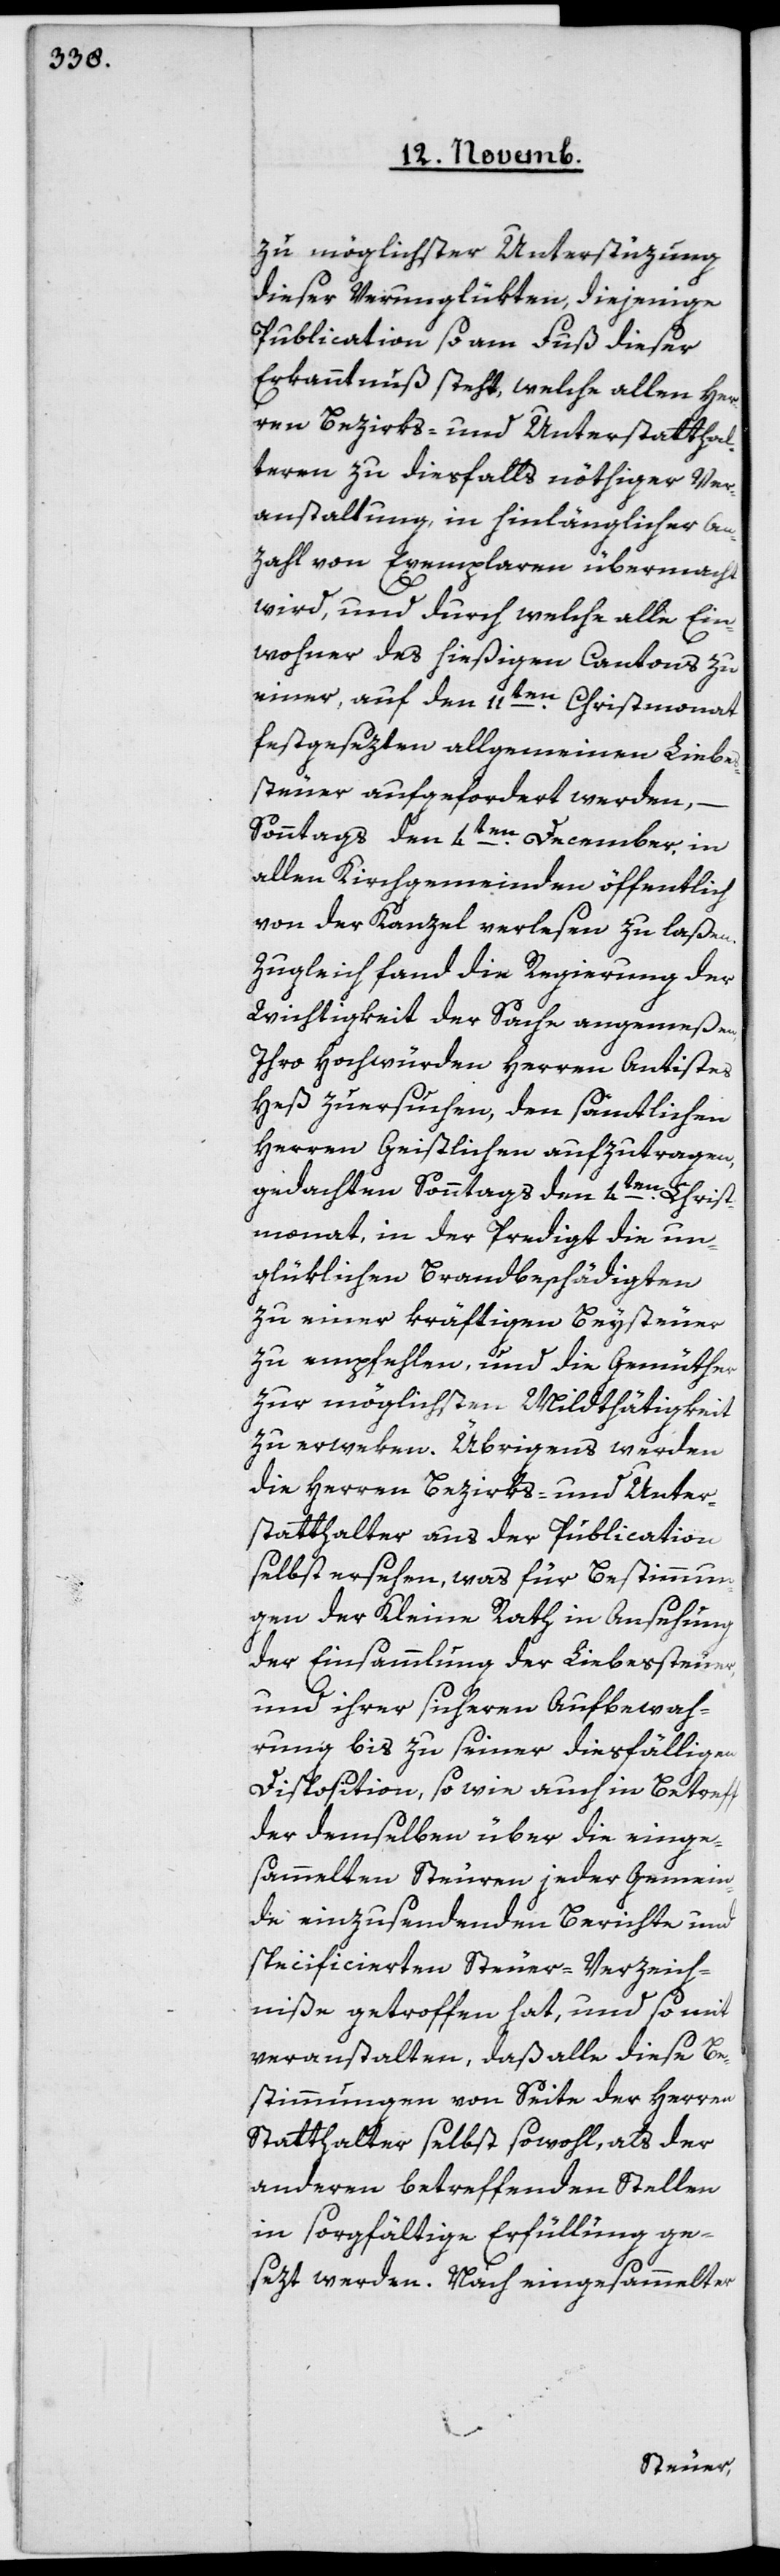
zu möglichster Unterstüzung
dieser Verunglükten diejenige
Publication so am Fuß dieser
Erkanntnuß steht, welche allen Her¬
ren Bezirks- und Unterstatthal¬
teren zu diesfalls nöthiger Ver¬
anstaltung in hinlänglicher An¬
zahl von Exemplaren übermacht
wird, und durch welche alle Ein¬
wohner des hießigen Cantons zu
einer, auf den 11ten Christmonat
festgesezten allgemeinen Liebes¬
steuer aufgefordert werden, –
Sonntag den 4ten December, in
allen Kirchgemeinden öffentlich
von der Kanzel verlesen zu laßen.
Zugleich fand die Regierung der
Wichtigkeit der Sache angemeßen,
Ihro Hochwürden Herren Antistes
Heß zu ersuchen, den sämtlichen
Herren Geistlichen aufzutragen,
gedachten Sonntag den 4ten Christ¬
monat, in der Predigt die un¬
glüklichen Brandbeschädigten
zu einer kräftigen Beysteuer
zu empfehlen, und die Gemüther
zur möglichsten Mildthätigkeit
zu erweken. Übrigens werden
die Herren Bezirks- und Unter¬
statthalter aus der Publication
selbst ersehen, was für Bestimmun¬
gen der Kleine Rath in Ansehung
der Einsammlung der Liebessteuer,
und ihrer sicheren Aufbewah¬
rung bis zu seiner dießfälligen
Disposition, so wie auch in Betreff
der demselben über die einge¬
sammelten Steuren jeder Gemein¬
de einzusendenden Berichte und
specificierten Steuer-Verzeich¬
niße getroffen hat, und so mit
veranstalten, daß alle diese Be¬
stimmungen von Seite der Herren
Statthalter selbst sowohl, als der
anderen betreffenden Stellen
in sorgfältige Erfüllung ge¬
sezt werden. Nach eingesammelter